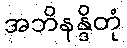
အဘိနန္ဒိတုံ